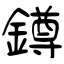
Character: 鐏